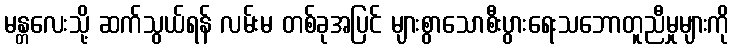
မန္တလေးသို့ ဆက်သွယ်ရန် လမ်းမ တစ်ခုအပြင် များစွာသောစီးပွားရေးသဘောတူညီမှုများကို